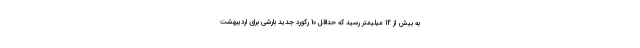
به بیش از 12 میلیمتر رسید که حداقل 10 رکورد جدید بارشی برای اردیبهشت